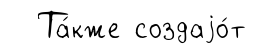
Та́кже создаjо́т